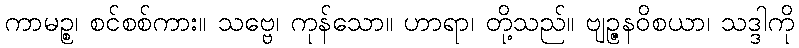
ကာမဉ္စ၊ စင်စစ်ကား။ သဗ္ဗေ၊ ကုန်သော။ ဟာရာ၊ တို့သည်။ ဗျဉ္ဇနဝိစယာ၊ သဒ္ဒါကို